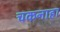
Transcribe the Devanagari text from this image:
चकनाहा